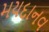
મયદાનવ